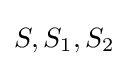
S,S_{1},S_{2}